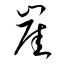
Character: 崖